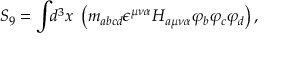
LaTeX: S _ { 9 } = \int \! \! d ^ { 3 } x ~ \left( m _ { a b c d } \epsilon ^ { \mu \nu \alpha } H _ { a \mu \nu \alpha } \varphi _ { b } \varphi _ { c } \varphi _ { d } \right) ,